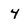
Character: 4